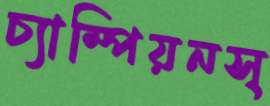
চ্যাম্পিয়নস্